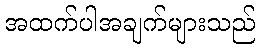
အထက်ပါအချက်များသည်